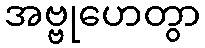
အဗ္ဗုဟေတွာ